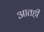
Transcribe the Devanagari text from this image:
आतही